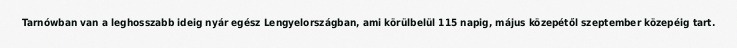
Tarnówban van a leghosszabb ideig nyár egész Lengyelországban, ami körülbelül 115 napig, május közepétől szeptember közepéig tart.